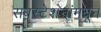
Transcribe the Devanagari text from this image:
सबस्टेशनांमधून